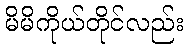
မိမိကိုယ်တိုင်လည်း